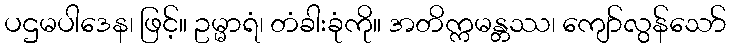
ပဌမပါဒေန၊ ဖြင့်။ ဥမ္မာရံ၊ တံခါးခုံကို။ အတိက္ကမန္တဿ၊ ကျော်လွန်သော်